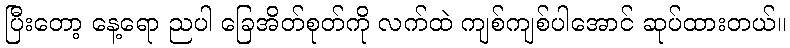
ပြီးတော့ နေ့ရော ညပါ ခြေအိတ်စုတ်ကို လက်ထဲ ကျစ်ကျစ်ပါအောင် ဆုပ်ထားတယ်။